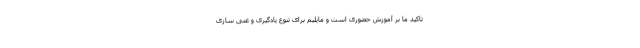
تاکید ما بر آموزش حضوری است و مایلیم برای تنوع یادگیری و غنی سازی